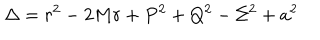
\Delta = r ^ { 2 } - 2 M r + P ^ { 2 } + Q ^ { 2 } - \Sigma ^ { 2 } + a ^ { 2 }